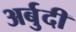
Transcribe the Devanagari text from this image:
अर्बुदी